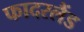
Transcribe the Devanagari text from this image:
फादरलैंड